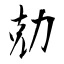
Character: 勀